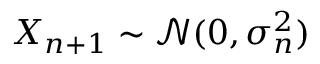
X _ { n + 1 } \sim \mathcal { N } ( 0 , \sigma _ { n } ^ { 2 } )